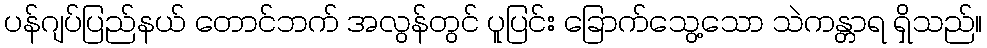
ပန်ဂျပ်ပြည်နယ် တောင်ဘက် အလွန်တွင် ပူပြင်း ခြောက်သွေ့သော သဲကန္တာရ ရှိသည်။